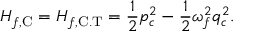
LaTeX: H _ { f , \mathrm { C } } = H _ { f , \mathrm { C . T } } = \frac { 1 } { 2 } p _ { c } ^ { 2 } - \frac { 1 } { 2 } \omega _ { f } ^ { 2 } q _ { c } ^ { 2 } .